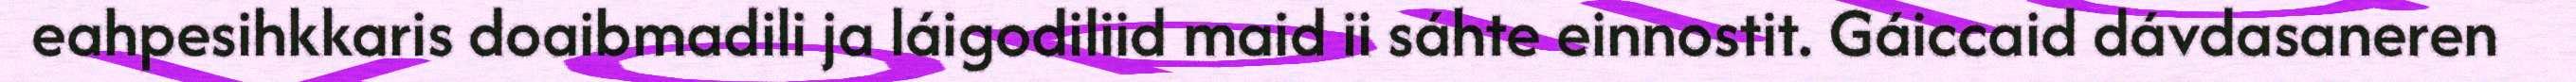
eahpesihkkaris doaibmadili ja láigodiliid maid ii sáhte einnostit. Gáiccaid dávdasaneren